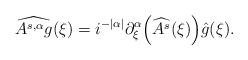
LaTeX: \begin{align*}&\widehat{A^{s,\alpha} g} (\xi) = i^{-|\alpha|} \partial_{\xi}^{\alpha} \Bigl( \widehat{ A^{s}}(\xi)\Bigr) \hat g(\xi).\end{align*}